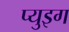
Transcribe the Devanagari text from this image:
प्युइग